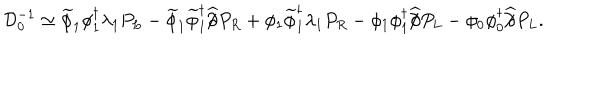
LaTeX: { \mathcal D } _ { 0 } ^ { - 1 } \simeq \widetilde { \phi } _ { 1 } \phi _ { 1 } ^ { \dagger } \lambda _ { 1 } P _ { L } - \widetilde { \phi } _ { 1 } \widetilde { \phi } _ { 1 } ^ { \dagger } \widehat { / \! \! \! \partial } P _ { R } + \phi _ { 1 } \widetilde { \phi } _ { 1 } ^ { \dagger } \lambda _ { 1 } P _ { R } - \phi _ { 1 } \phi _ { 1 } ^ { \dagger } \widehat { / \! \! \! \partial } P _ { L } - \phi _ { 0 } \phi _ { 0 } ^ { \dagger } \widehat { / \! \! \! \partial } P _ { L } .